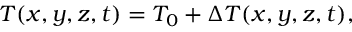
\begin{array} { r } { T ( x , y , z , t ) = T _ { 0 } + \Delta T ( x , y , z , t ) , } \end{array}